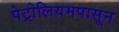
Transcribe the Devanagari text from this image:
पेट्रोलियमपासून